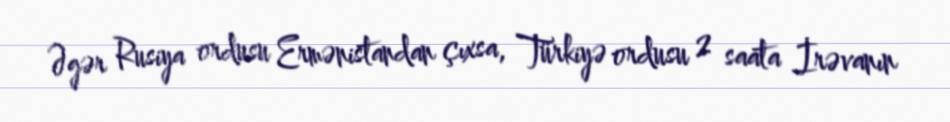
Əgər Rusiya ordusu Ermənistandan çıxsa, Türkiyə ordusu 2 saata İrəvanın